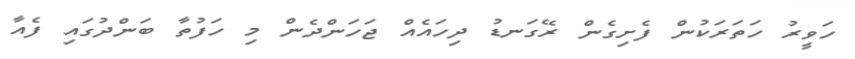
ހަވީރު ހަތަރަކުން ފެށިގެން ރޭގަނޑު ދިހައެއް ޖަހަންދެން މި ހަފުތާ ބަންދުގައި ފެއާ